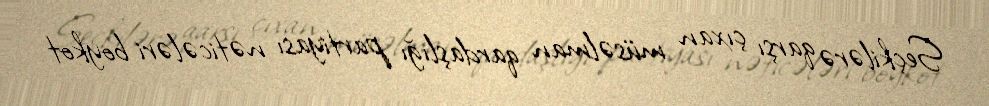
Seçkilərə qarşı çıxan müsəlman qardaşlığı partiyası nəticələri boykot